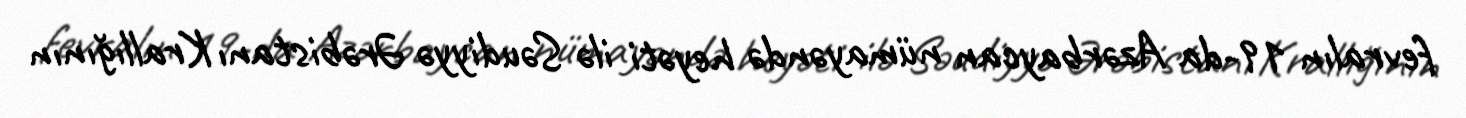
fevralın 19-da Azərbaycan nümayəndə heyəti ilə Səudiyyə Ərəbistanı Krallığının